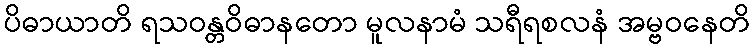
ပိဓာယာတိ ရသဝန္တဝိဓာနတော မူလနာမံ သရီရစလနံ အမ္ဗဝနေတိ